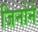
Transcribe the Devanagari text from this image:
जिनोने